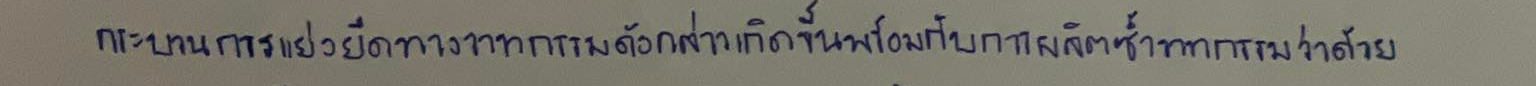
กระบวนการแย่งยึดทางวาทกรรมดังกล่าวเกิดขึ้นพร้อมกับการผลิตซ้ำวาทกรรมว่าด้วย